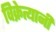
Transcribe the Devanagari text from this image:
विक्रेत्यानी